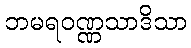
ဘမရဝဏ္ဏသာဒိသာ